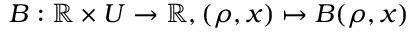
B : \mathbb { R } \times U \rightarrow \mathbb { R } , ( \rho , x ) \mapsto B ( \rho , x )